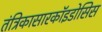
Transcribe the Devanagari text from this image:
तंत्रिकासारकॉइडोसिस